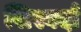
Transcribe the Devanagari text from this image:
सिस्वर्दा